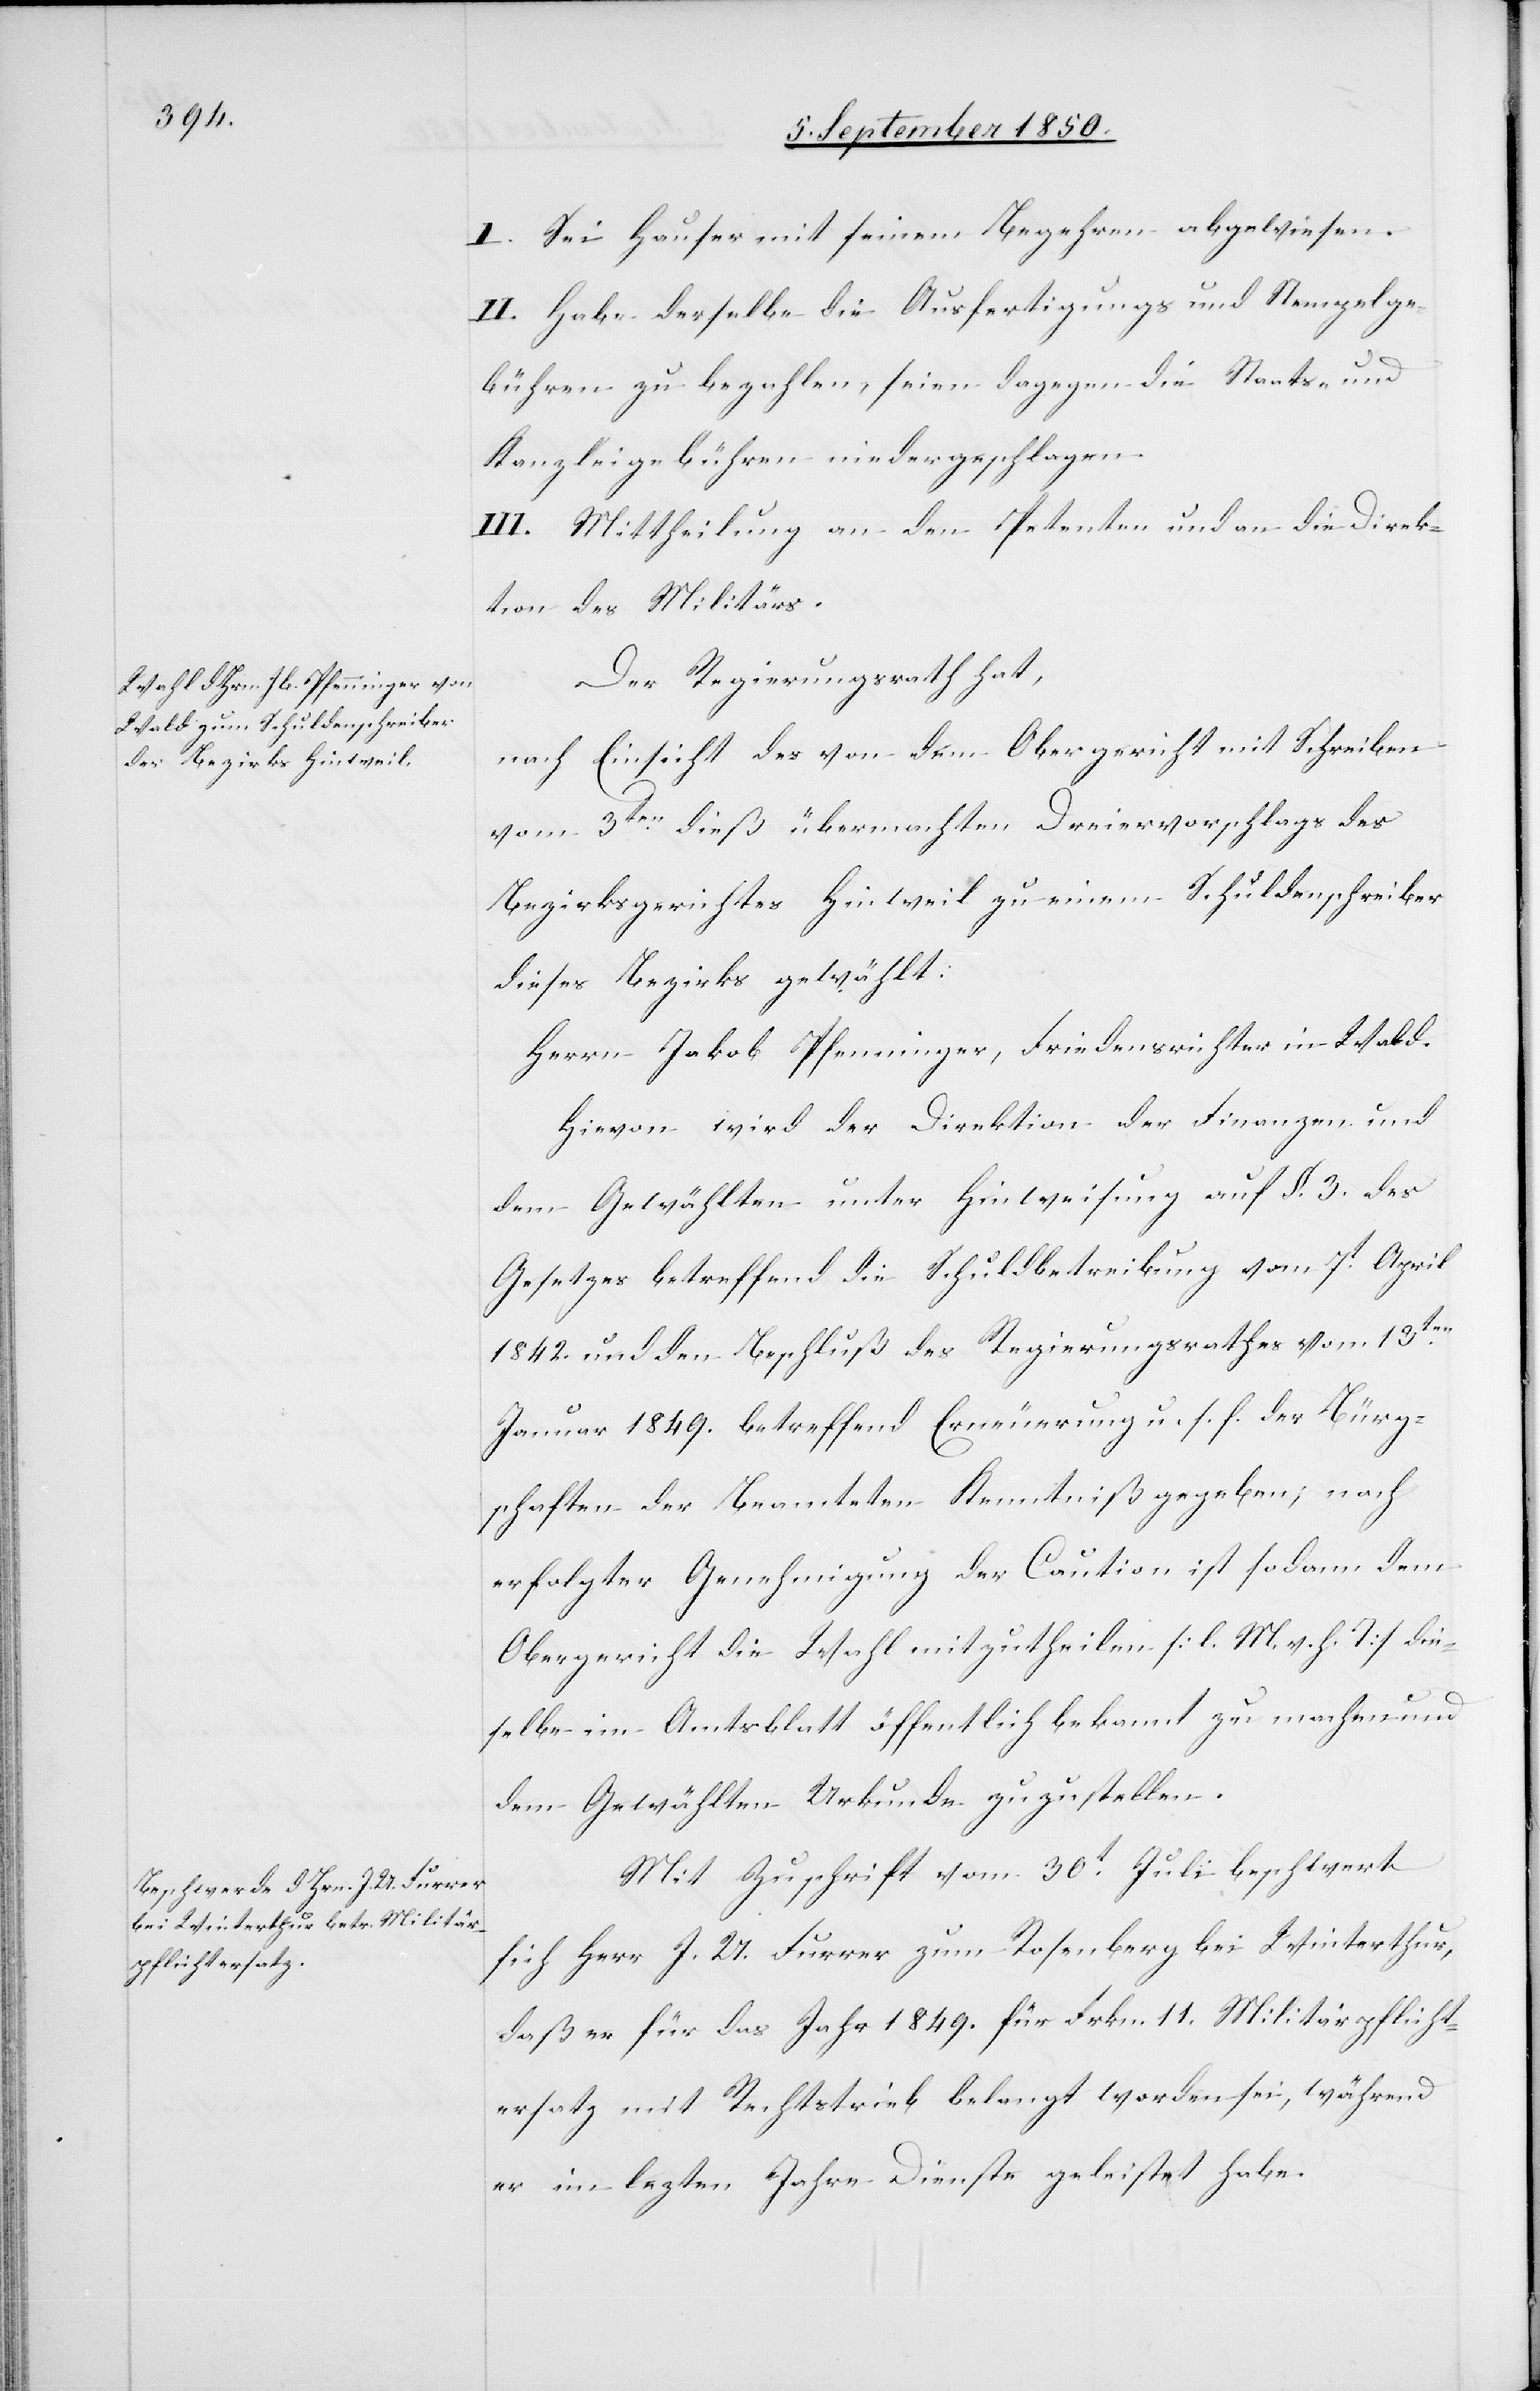
I. Sei Hauser mit seinem Begehren abgewiesen.
II. Habe derselbe die Ausfertigungs[-] und Stempelge¬
bühren zu bezahlen, seien dagegen die Staats- und
Kanzleigebühren niedergeschlagen.
III. Mittheilung an den Petenten und an die Direk¬
tion des Militärs.
Der Regierungsrath hat,
nach Einsicht des von dem Obergericht mit Schreiben
vom 3ten dieß übermachten Dreiervorschlags des
Bezirksgerichtes Hinweil zu einem Schuldenschreiber
dieses Bezirks gewählt:
Herrn Jakob Pfenninger, Friedensrichter in Wald.
Hievon wird der Direktion der Finanzen und
dem Gewählten unter Hinweisung auf §. 3. des
Gesetzes betreffend die Schuldbetreibung vom 7t April
1842. und den Beschluß des Regierungsrathes vom 13ten
Januar 1849. betreffend Erneuerung u. s. f. der Bürg¬
schaften der Beamteten Kenntniß gegeben; nach
erfolgter Genehmigung der Caution ist sodann dem
Obergericht die Wahl mitzutheilen [l. M. v. h. T] die¬
selbe im Amtsblatt öffentlich bekannt zu machen und
dem Gewählten Urkunde zuzustellen.
Mit Zuschrift vom 30t Juli beschwert
sich Herr J. U. Furrer zum Rosenberg bei Winterthur,
daß er für das Jahr 1849. für Frkn. 11. Militärpflicht¬
ersatz mit Rechtstrieb belangt worden sei, während
er im letzten Jahre Dienste geleistet habe.